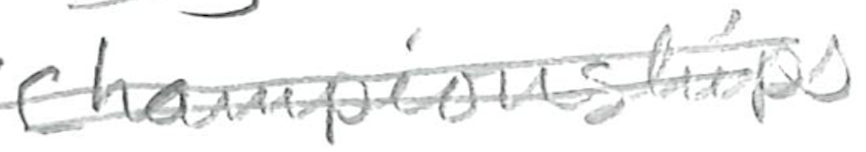
Text: Championships
Cross-out: double-line
Writing tool: pencil